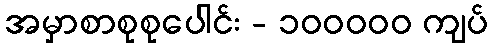
အမှာစာစုစုပေါင်း - ၁၀၀၀၀၀ ကျပ်